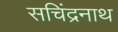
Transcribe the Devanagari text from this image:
सचिंद्रनाथ